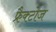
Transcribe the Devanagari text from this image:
फ्रैक्टोज